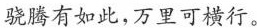
骁腾有如此，万里可横行。